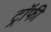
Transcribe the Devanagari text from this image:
ट्राॅफी